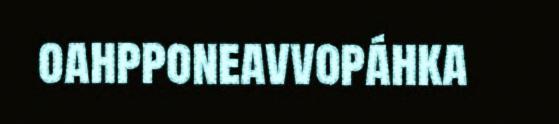
oahpponeavvopáhka